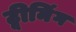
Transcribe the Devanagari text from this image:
ट्वीनिंग